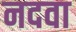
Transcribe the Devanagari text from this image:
नदवा